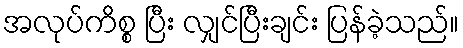
အလုပ်ကိစ္စ ပြီး လျှင်ပြီးချင်း ပြန်ခဲ့သည်။